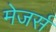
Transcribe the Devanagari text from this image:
मेजर्स